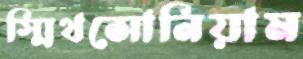
স্মিথসোনিয়াম